Lunatic asylums Punjab 1868-1880 - 1868-1880
Year: 1868
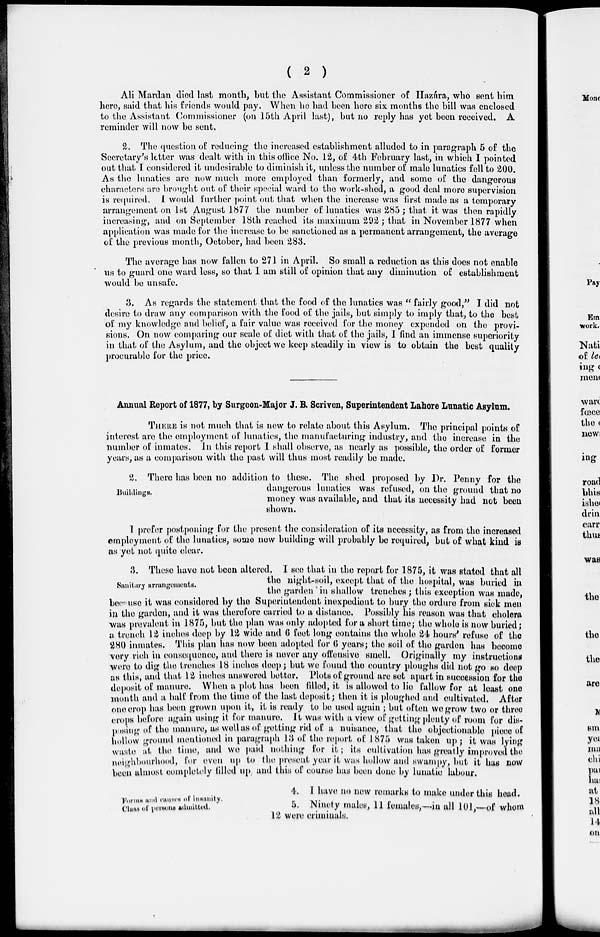
( 2 )
Ali Mardan died last month, but the Assistant Commissioner of Hazára, who sent him
here, said that his friends would pay. When he had been here six months the bill was enclosed
to the Assistant Commissioner (on 15th April last), but no reply has yet been received. A
reminder will now be sent.
2. The question of reducing the increased establishment alluded to in paragraph 5 of the
Secretary's letter was dealt with in this office No. 12, of 4th February last, in which I pointed
out that I considered it undesirable to diminish it, unless the number of male lunatics fell to 200.
As the lunatics are now much more employed than formerly, and some of the dangerous
characters are brought out of their special ward to the work-shed, a good deal more supervision
is required. I would further point out that when the increase was first made as a temporary
arrangement on 1st August 1877 the number of lunatics was 285 ; that it was then rapidly
increasing, and on September 18th reached its maximum 292; that in November 1877 when
application was made for the increase to be sanctioned as a permanent arrangement, the average
of the previous month, October, had been 283.
The average has now fallen to 271 in April. So small a reduction as this does not enable
us to guard one ward less, so that I am still of opinion that any diminution of establishment
would be unsafe.
3. As regards the statement that the food of the lunatics was " fairly good," I did not
desire to draw any comparison with the food of the jails, but simply to imply that, to the best
of my knowledge and belief, a fair value was received for the money expended on the provi-
sions. On now comparing our scale of diet with that of the jails, I find an immense superiority
in that of the Asylum, and the object we keep steadily in view is to obtain the best quality
procurable for the price.
Annual Report of 1877, by Surgeon-Major J. B. Scriven, Superintendent Lahore Lunatic Asylum.
THERE is not much that is new to relate about this Asylum. The principal points of
interest are the employment of lunatics, the manufacturing industry, and the increase in the
number of inmates. In this report I shall observe, as nearly as possible, the order of former
years, as a comparison with the past will thus most readily be made.
Buildings.
2. There has been no addition to these. The shed proposed by Dr. Penny for the
dangerous lunatics was refused, on the ground that no
money was available, and that its necessity had not been
shown.
I prefer postponing for the present the consideration of its necessity, as from the increased
employment of the lunatics, some new building will probably be required, but of what kind is
as yet not quite clear.
Sanitary arrangements.
3. These have not boon altered, I see that in the report for 1875, it was stated that all
the night-soil, except that of the hospital, was buried in
the garden in shallow trenches; this exception was made,
because it was considered by the Superintendent inexpedient to bury the ordure from sick men
in the garden, and it was therefore carried to a distance. Possibly his reason was that cholera
was prevalent in 1875, but the plan was only adopted for a short time; the whole is now buried;
a trench 12 inches deep by 12 wide and 6 feet long contains the whole 24 hours' refuse of the
280 inmates. This plan has now been adopted for 6 years; the soil of the garden has become
very rich in consequence, and there is never any offensive smell. Originally my instructions
were to dig the trenches 18 inches deep; but we found the country ploughs did not go so deep
as this, and that 12 inches answered better. Plots of ground are set apart in succession for the
deposit of manure. When a plot has been filled, it is allowed to lie fallow for at least one
month and a half from the time of the last deposit; then it is ploughed and cultivated. After
one crop has been grown upon it, it is ready to be used again; but often we grow two or three
crops before again using it for manure. It was with a view of getting plenty of room for dis-
posing of the manure, as well us of getting rid of a nuisance, that the objectionable piece of
hollow ground mentioned in paragraph 13 of the report of 1875 was taken up; it was lying
waste at the time, and we paid nothing for it; its cultivation has greatly improved the
neighbourhood, for even up to the present year it was hollow and swampy, but it has now
been almost completely filled up, and this of course has been done by lunatic labour.
Forms and causes of Insanity.
Class of persons admitted.
4. I have no new remarks to make under this head.
5. Ninety males, 11 females,—in all 101,—of whom
12 were criminals.